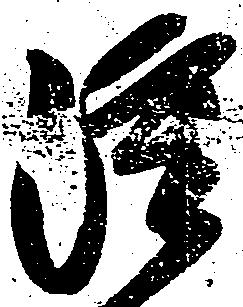
雖